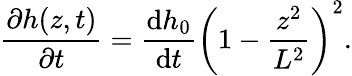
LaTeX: \frac{\partial h(z,t)}{\partial t}=\frac{\mathrm{d}h_{0}}{\mathrm{d}t}\left(1-\frac{z^{2}}{L^{2}}\right)^{2}.